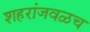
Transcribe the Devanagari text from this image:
शहरांजवळच